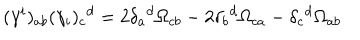
( \gamma ^ { i } ) _ { a b } ( \gamma _ { i } ) _ { c } { } ^ { d } = 2 \delta _ { a } { } ^ { d } \Omega _ { c b } - 2 \delta _ { b } { } ^ { d } \Omega _ { c a } - \delta _ { c } { } ^ { d } \Omega _ { a b }